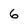
Character: 6